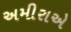
અમીરાએ